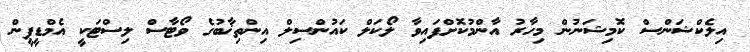
އިލެކްޝަންސް ކޮމިޝަނުން މިހާރު އާންމުކޮށްފައިވާ ލޯކަލް ކައުންސިލް އިންތިޚާބުގެ ވޯޓާސް ލިސްޓަކީ އެމްޑީޕީން